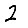
Digit: 2